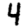
Digit: 4